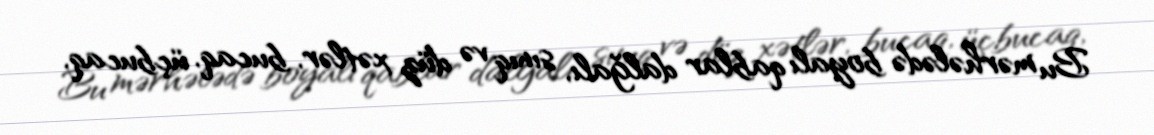
Bu mərhələdə boyalı qablar dalğalı, sınıq və düz xətlər, bucaq, üçbucaq,